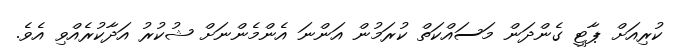
ކުރިއަށް ޕާޓީ ގެންދަން މަސައްކަތް ކުރަމުން އަންނަ އެންމެންނަށް ޝުކުރު އަދާކުރެއްވި އެވެ.